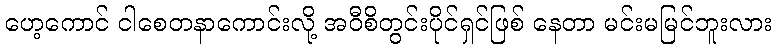
ဟေ့ကောင် ငါစေတနာကောင်းလို့ အဝီစိတွင်းပိုင်ရှင်ဖြစ် နေတာ မင်းမမြင်ဘူးလား